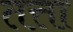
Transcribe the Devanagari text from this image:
तत्ता